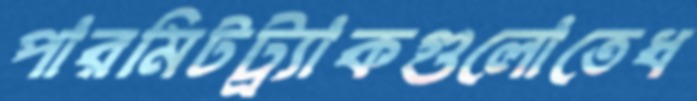
পারমিটট্র্যাকগুলোতেধ